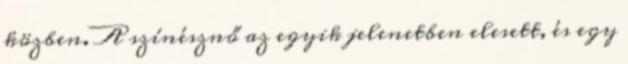
közben. A színésznő az egyik jelenetben elesett, és egy